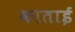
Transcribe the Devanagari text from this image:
काताई